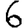
Digit: 6